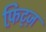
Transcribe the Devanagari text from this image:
फ़िट्ज़